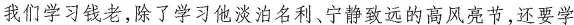
我们学习钱老，除了学习他淡泊名利。宁静致远的高风亮节，还要学